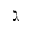
\gimel